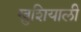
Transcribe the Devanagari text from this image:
खुशियाली